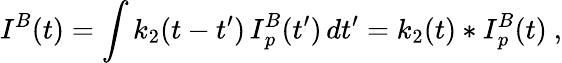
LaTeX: {\mathbf\cal I}^{B}(t)=\int k_{2}(t-t^{\prime})\, {\mathbf\cal I}_{p}^{B}(t^{\prime})\, dt^{\prime}=k_{2}(t)*{\mathbf\cal I}_{p}^{B}(t)\ ,